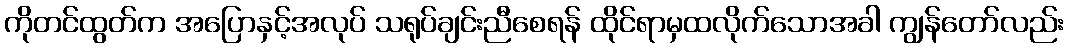
ကိုတင်ထွတ်က အပြောနှင့်အလုပ် သရုပ်ချင်းညီစေရန် ထိုင်ရာမှထလိုက်သောအခါ ကျွန်တော်လည်း